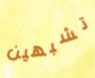
تشبهين